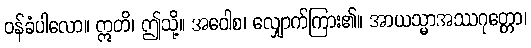
ဝန်ခံပါလော။ ဣတိ၊ ဤသို့။ အဝေါစ၊ လျှောက်ကြား၏။ အာယသ္မာအဿဂုတ္တော၊